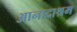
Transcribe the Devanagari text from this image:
आनादाश्रम